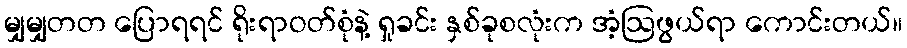
မျှမျှတတ ပြောရရင် ရိုးရာဝတ်စုံနဲ့ ရှုခင်း နှစ်ခုစလုံးက အံ့ဩဖွယ်ရာ ကောင်းတယ်။